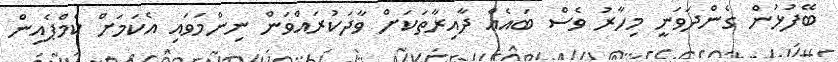
ބޭފުޅުން ގެންދަވަނީ މިހާރު ވެސް ބައެއް ދާއިރާތަކަށް ވާދަކުރައްވަން ނިންމަވައި އެކަމަށް ކެމްޕެއިން